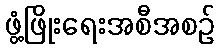
ဖွံ့ဖြိုးရေးအစီအစဉ်